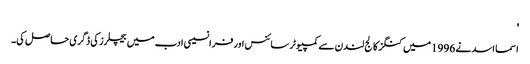
'
اسما اسد نے 1996 میں کنگز کالج لندن سے کمپیوٹر سائنس اور فرانسیسی ادب میں بیچلرز کی ڈگری حاصل کی۔